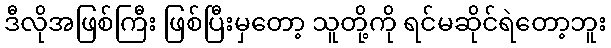
ဒီလိုအဖြစ်ကြီး ဖြစ်ပြီးမှတော့ သူတို့ကို ရင်မဆိုင်ရဲတော့ဘူး